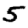
Digit: 5